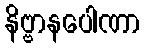
နိဗ္ဗာနပေါဏာ